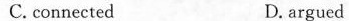
C, connected D.argued